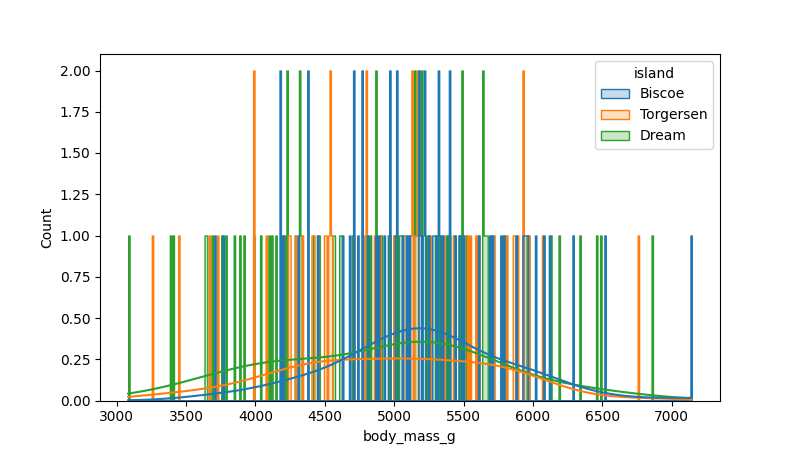
python, seaborn, histplot, hue='island', binwidth=10, bins='10', element='step'